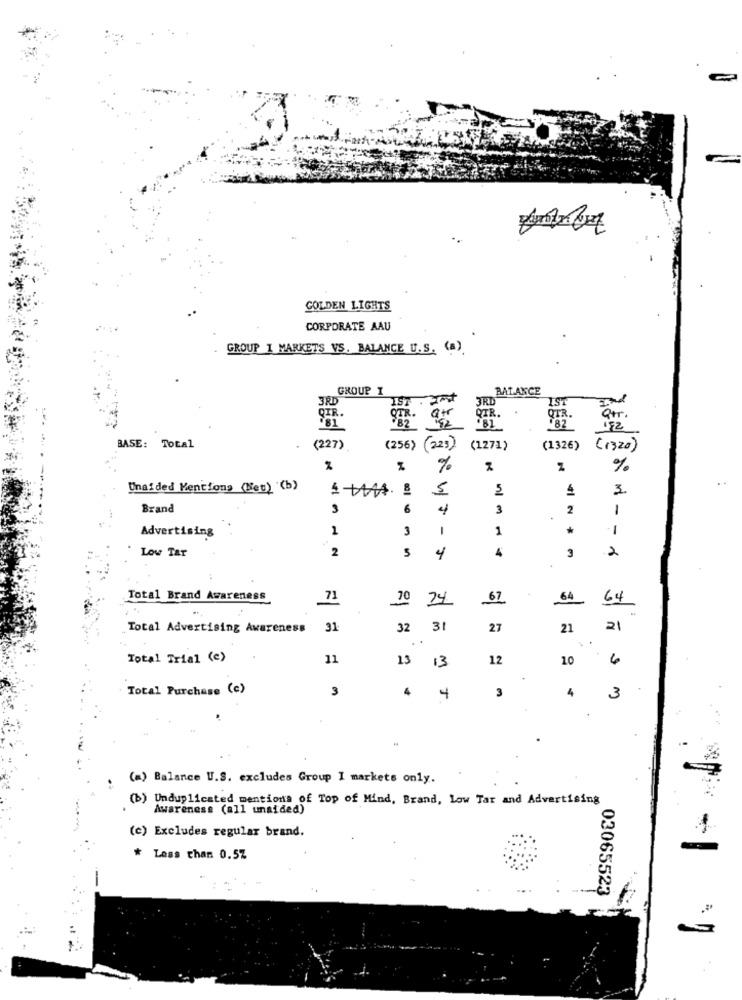
COLDEN LIGHTS
CORPORATE AAU
GROUP 1 MARKETS VS. BALANCE U.S. (a)
GROUP I
BALANCE
3RD
IST
3RD
ÇİR.
arr .
a+r
QTR.
QTR.
01
RES
152
BASE: Total
(227)
(256) (223)
(1271)
(1326) (1320)
H
%
%
Unaided Mentions (Net) '(b)
5
3
Brand
3
6
4
3
2
1
Advertising
1
3
-
1
1
Low Tar
2
5
4
2
4
3
Total Brand Awareness
71
70
24
67
64
64
Total Advertising Awareness
31
32
3
27
21
21
Total Trial (e)
11
13
13
12
10
6
Total Purchase (c)
3
4
3
4
4
3
(a) Balance U.S. excludes Group I markets only.
(b) Unduplicated mentions of Top of Mind, Brand, Low Tar and Advertising
Awareness (all unaided)
(c) Excludes regular brand.
* Less than 0.57
03065523